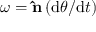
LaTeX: { \boldsymbol { \omega } } = \mathbf { \hat { n } } \left( \mathrm { d } \theta / \mathrm { d } t \right)